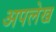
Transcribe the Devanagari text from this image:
अपलेख